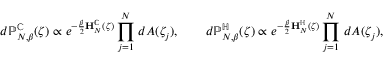
d \mathbb { P } _ { N , \beta } ^ { \mathbb { C } } ( \boldsymbol { \zeta } ) \propto e ^ { - \frac { \beta } { 2 } \mathbf { H } _ { N } ^ { \mathbb { C } } ( \boldsymbol { \zeta } ) } \prod _ { j = 1 } ^ { N } \, d A ( \zeta _ { j } ) , \qquad d \mathbb { P } _ { N , \beta } ^ { \mathbb { H } } ( \boldsymbol { \zeta } ) \propto e ^ { - \frac { \beta } { 2 } \mathbf { H } _ { N } ^ { \mathbb { H } } ( \boldsymbol { \zeta } ) } \prod _ { j = 1 } ^ { N } \, d A ( \zeta _ { j } ) ,